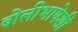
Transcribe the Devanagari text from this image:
बोलीभाषेशी